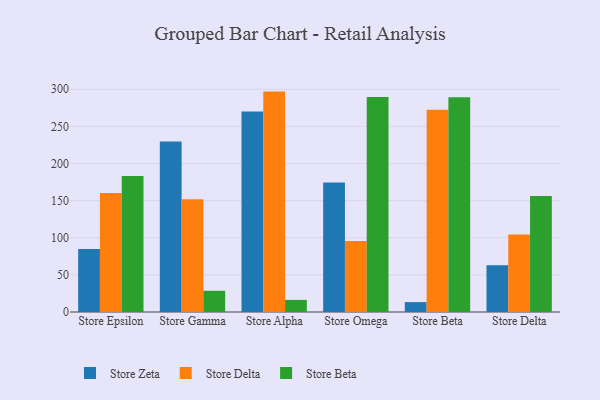
{"axis": {"x": "Store", "y": "Market Share (%)"}, "legend": ["Store Beta", "Store Delta", "Store Zeta"], "data": [{"x": "Store Epsilon", "y": 85.0, "type": "Store Zeta"}, {"x": "Store Epsilon", "y": 160.1, "type": "Store Delta"}, {"x": "Store Epsilon", "y": 183.2, "type": "Store Beta"}, {"x": "Store Gamma", "y": 229.6, "type": "Store Zeta"}, {"x": "Store Gamma", "y": 151.8, "type": "Store Delta"}, {"x": "Store Gamma", "y": 28.6, "type": "Store Beta"}, {"x": "Store Alpha", "y": 270.0, "type": "Store Zeta"}, {"x": "Store Alpha", "y": 296.8, "type": "Store Delta"}, {"x": "Store Alpha", "y": 16.3, "type": "Store Beta"}, {"x": "Store Omega", "y": 174.4, "type": "Store Zeta"}, {"x": "Store Omega", "y": 95.7, "type": "Store Delta"}, {"x": "Store Omega", "y": 289.5, "type": "Store Beta"}, {"x": "Store Beta", "y": 13.3, "type": "Store Zeta"}, {"x": "Store Beta", "y": 272.4, "type": "Store Delta"}, {"x": "Store Beta", "y": 289.3, "type": "Store Beta"}, {"x": "Store Delta", "y": 63.1, "type": "Store Zeta"}, {"x": "Store Delta", "y": 104.4, "type": "Store Delta"}, {"x": "Store Delta", "y": 156.2, "type": "Store Beta"}]}